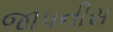
જાપનીસ